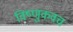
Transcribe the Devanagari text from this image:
विष्णुकवच